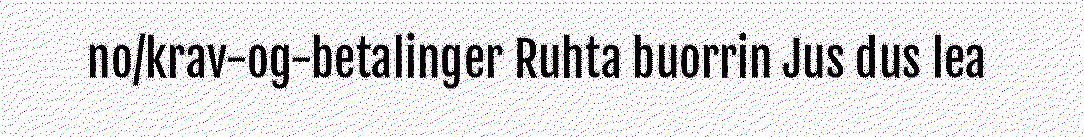
no/krav-og-betalinger Ruhta buorrin Jus dus lea